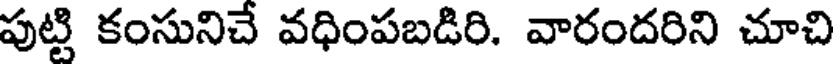
పుట్టి కంసునిచే వధింపబడిరి. వారందరిని చూచి